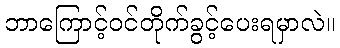
ဘာကြောင့်ဝင်တိုက်ခွင့်ပေးရမှာလဲ။